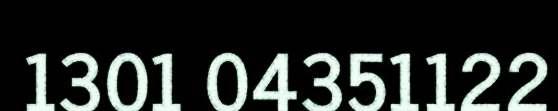
1301 04351122